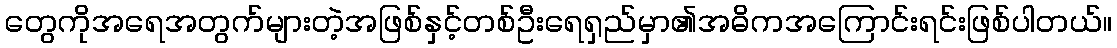
တွေကိုအရေအတွက်များတဲ့အဖြစ်နှင့်တစ်ဦးရေရှည်မှာ၏အဓိကအကြောင်းရင်းဖြစ်ပါတယ်။